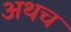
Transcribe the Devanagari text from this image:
अथच